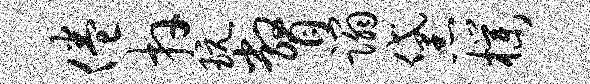
倦卉玩瞥蹋黛朴